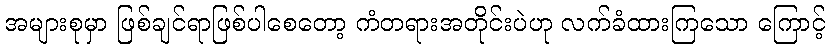
အများစုမှာ ဖြစ်ချင်ရာဖြစ်ပါစေတော့ ကံတရားအတိုင်းပဲဟု လက်ခံထားကြသော ကြောင့်